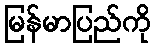
မြန်မာပြည်ကို